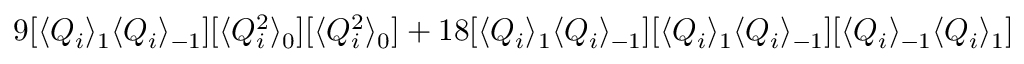
9 [ \langle Q _ { i } \rangle _ { 1 } \langle Q _ { i } \rangle _ { - 1 } ] [ \langle Q _ { i } ^ { 2 } \rangle _ { 0 } ] [ \langle Q _ { i } ^ { 2 } \rangle _ { 0 } ] + 1 8 [ \langle Q _ { i } \rangle _ { 1 } \langle Q _ { i } \rangle _ { - 1 } ] [ \langle Q _ { i } \rangle _ { 1 } \langle Q _ { i } \rangle _ { - 1 } ] [ \langle Q _ { i } \rangle _ { - 1 } \langle Q _ { i } \rangle _ { 1 } ]